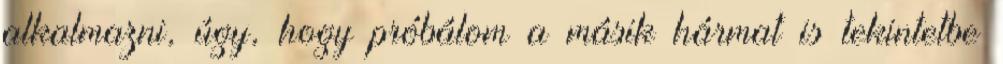
alkalmazni, úgy, hogy próbálom a másik hármat is tekintetbe